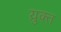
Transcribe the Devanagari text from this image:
य़ुक्त